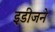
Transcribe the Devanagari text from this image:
इडीजने